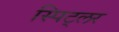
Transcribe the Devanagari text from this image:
स्पिट्लर